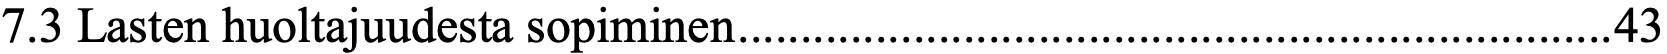
7.3 Lasten huoltajuudesta sopiminen ...................................................................... 43